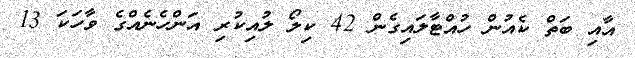
އާއި ބަތް ކެއުން ހުއްޓާލައިގެން 42 ކިލޯ ލުއިކުރި އަންހެނެއްގެ ވާހަކަ 13